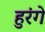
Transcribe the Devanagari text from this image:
हुरंगे